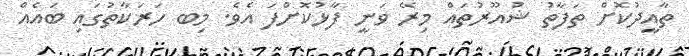
ތާއީދުކޮށް ތަފާތު ޝުއޫރުތައް މިރޭ ވަނީ ފާޅުކޮށްފަ އެވެ. މިބ ހަރަކާތުގައި ބައެއް